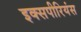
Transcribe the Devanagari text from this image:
इक्सपीरियंस